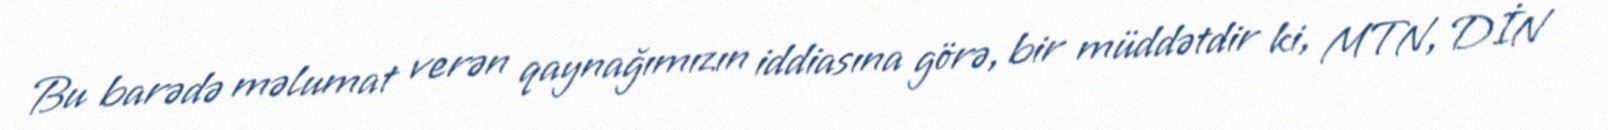
Bu barədə məlumat verən qaynağımızın iddiasına görə, bir müddətdir ki, MTN, DİN